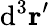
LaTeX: \mathrm{d^{3}}\mathbf{r^{\prime}}